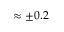
\approx \pm 0 . 2